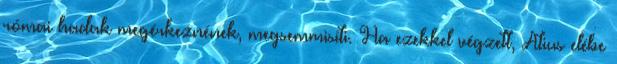
római hadak megérkeznének, megsemmisíti. Ha ezekkel végzett, Atius elébe